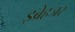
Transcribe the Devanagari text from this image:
इब्रेहजर